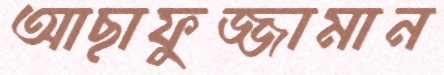
আছাফুজ্জামান